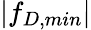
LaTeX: |f_{D,min}|